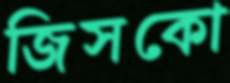
জিসকো